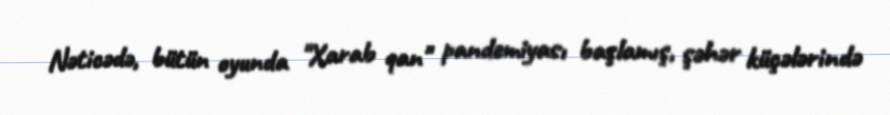
Nəticədə, bütün oyunda "Xarab qan" pandemiyası başlamış, şəhər küçələrində